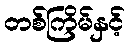
တစ်ကြိမ်နှင့်